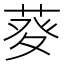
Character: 𤼱